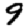
Digit: 9